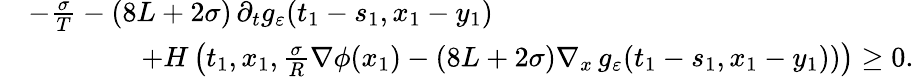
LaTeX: \begin{array}{rl}&{-\frac{\sigma}{T}-(8L+2{\sigma})\, \partial_{t}g_{\varepsilon}(t_{1}-s_{1},x_{1}-y_{1})}\\ &{\qquad\qquad+H\left(t_{1},x_{1},\frac\sigma{R}\nabla\phi(x_{1})-(8L+2\sigma)\nabla_{x}\, g_{\varepsilon}(t_{1}-s_{1},x_{1}-y_{1}))\right)\geq 0.}\end{array}